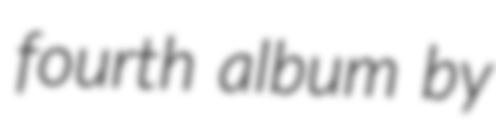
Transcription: fourth album by